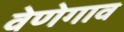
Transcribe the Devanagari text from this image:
वेणेगाव